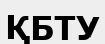
ҚБТУ